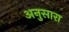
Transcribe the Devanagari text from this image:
अनुसारा